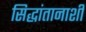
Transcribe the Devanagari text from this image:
सिद्धांतानाशी